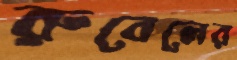
রুবেলের